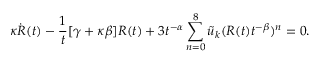
\kappa \Dot { R } ( t ) - \frac { 1 } { t } [ \gamma + \kappa \beta ] R ( t ) + 3 t ^ { - \alpha } \sum _ { n = 0 } ^ { 8 } \Tilde { u } _ { k } ( R ( t ) t ^ { - \beta } ) ^ { n } = 0 .